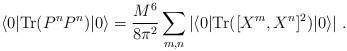
LaTeX: \begin{align*}\langle 0 | {\rm Tr}(P^n P^n) | 0 \rangle = \frac{M^6}{8\pi^2}\sum_{m,n} |\langle 0 | {\rm Tr}([X^m,X^n]^2)| 0 \rangle|\ .\end{align*}